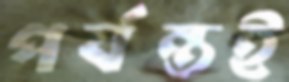
পর্যন্তই